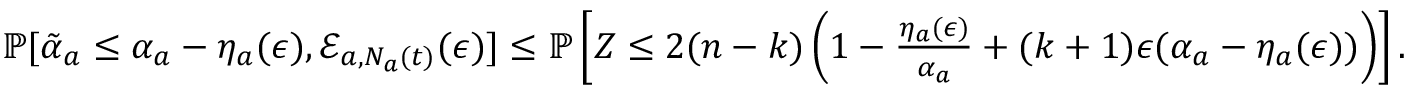
\begin{array} { r } { \mathbb { P } [ \tilde { \alpha } _ { a } \leq \alpha _ { a } - \eta _ { a } ( \epsilon ) , \mathcal { E } _ { a , N _ { a } ( t ) } ( \epsilon ) ] \leq \mathbb { P } \left[ Z \leq 2 ( n - k ) \left( 1 - \frac { \eta _ { a } ( \epsilon ) } { \alpha _ { a } } + ( k + 1 ) \epsilon ( \alpha _ { a } - \eta _ { a } ( \epsilon ) ) \right) \right] . } \end{array}